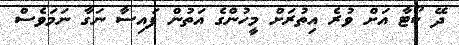
ދޭ ކޯޓާ އަށް ވުރެ އިތުރަށް މީހުންގެ އަތުން ފައިސާ ނަގާ ނަމަވެސް